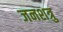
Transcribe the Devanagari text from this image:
जनशत्रु